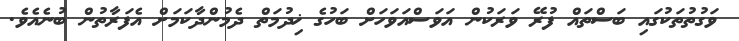
ވަގުތުތަކުގައި ބަސްތައް ފުރޭ ވަރަކުން އަވަސްއަވަހަށް ބަހުގެ ޚިދުމަތް ދެމުންދާކަމަށް އެފަރާތުން ބުނެއެވެ.